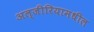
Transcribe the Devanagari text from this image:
अल्जीरियामधील